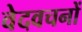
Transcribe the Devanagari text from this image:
वेदवचनों